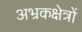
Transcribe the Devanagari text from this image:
अभ्रकक्षेत्रों